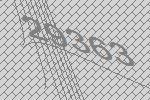
29363